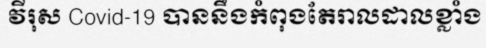
វីរុស Covid-19 បាននឹងកំពុងតែរាលដាលខ្លាំង